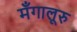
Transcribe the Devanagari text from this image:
मँगालूरु